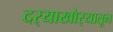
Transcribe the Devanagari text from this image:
दर्‍याखोर्‍यातून